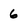
Character: 6